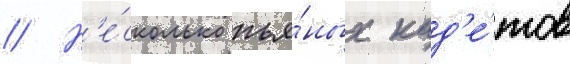
// Н'е́сколько пья́ных кад'е́тов